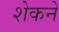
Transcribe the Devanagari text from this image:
शेकने